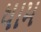
ધામ